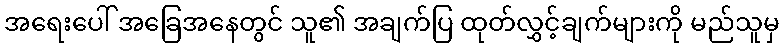
အရေးပေါ် အခြေအနေတွင် သူ၏ အချက်ပြ ထုတ်လွှင့်ချက်များကို မည်သူမှ